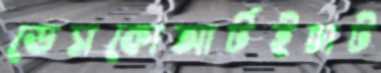
ডেসকোআর্টইচাট